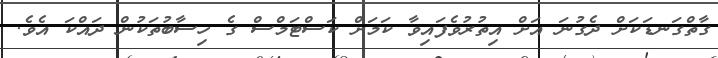
ގާތްގަނޑަކަށް ދެގުނަ އަށް އިތުރުވެފައިވާ ކަމަށް ކަސްޓަމްސް ގެ ހިސާބުތަކުން ދައްކަ އެވެ.